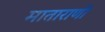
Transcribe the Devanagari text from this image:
माताराणी